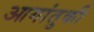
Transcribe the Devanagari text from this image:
आगांतुकी